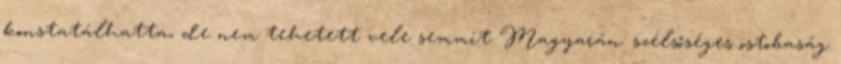
konstatálhatta, de nem tehetett vele semmit Magyarán: szélsőséges ostobaság